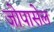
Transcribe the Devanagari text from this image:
जोपासेल